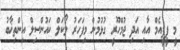
މީ ޕީޕީއެމް އާއި އަދި ޖުމްހޫރީ ގުޅުމުން މިފަހަރު ލޯކަލް ކައުންސިލް އިންތިޚާބު